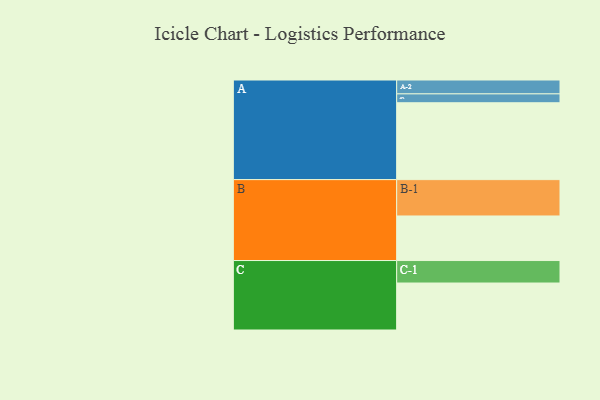
{"axis": {"x": "Segment", "y": "Value"}, "legend": ["", "A", "B", "C"], "data": [{"x": "A", "y": 571, "type": ""}, {"x": "B", "y": 331, "type": ""}, {"x": "C", "y": 349, "type": ""}, {"x": "A-1", "y": 66, "type": "A"}, {"x": "A-2", "y": 103, "type": "A"}, {"x": "B-1", "y": 270, "type": "B"}, {"x": "C-1", "y": 167, "type": "C"}]}